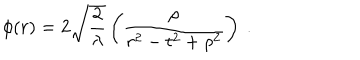
\phi ( r ) = 2 \sqrt { \frac { 2 } { \lambda } } \left( { \frac { \rho } { r ^ { 2 } - t ^ { 2 } + \rho ^ { 2 } } } \right) \ .